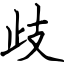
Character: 歧